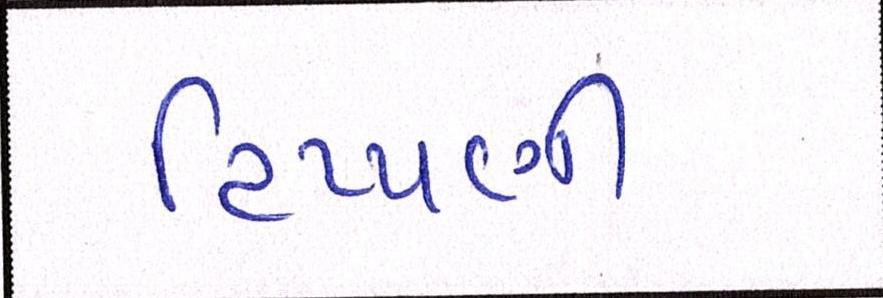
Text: ટિપ્પણી